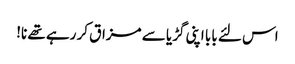
اس لئے بابا اپنی گڑیا سے مزاق کر رہے تھے نا!